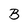
Character: B